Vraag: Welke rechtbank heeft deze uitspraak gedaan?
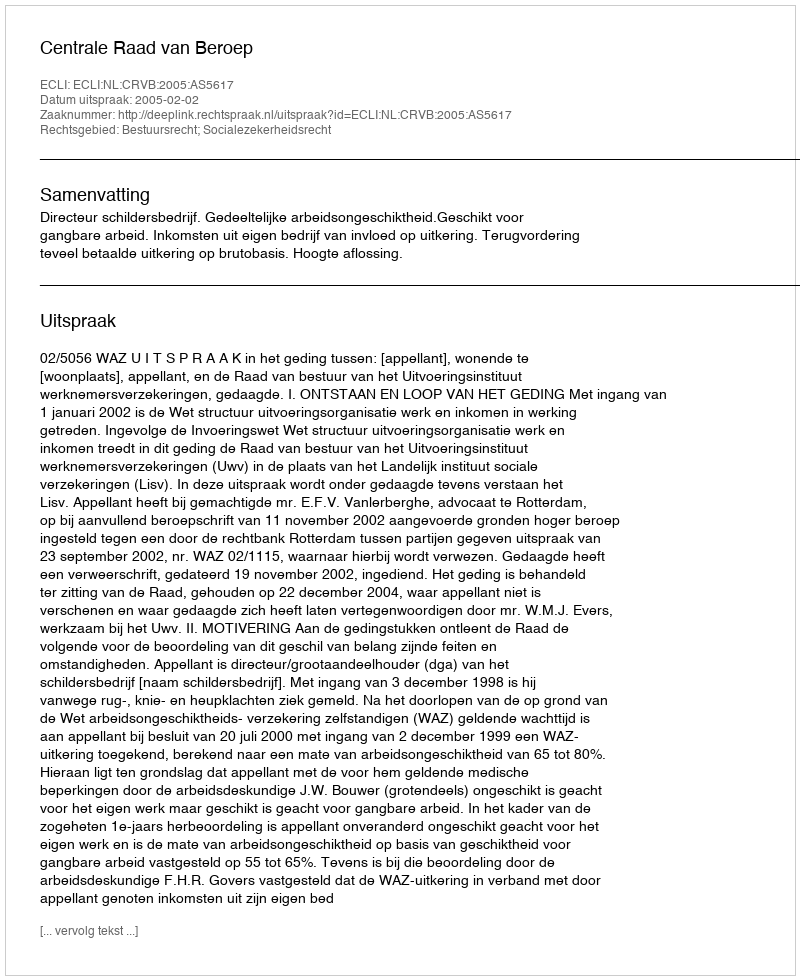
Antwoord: Centrale Raad van Beroep